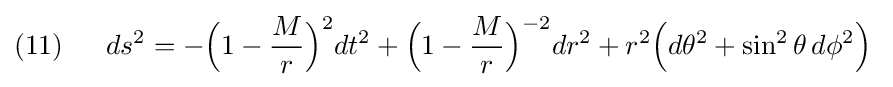
(11)\;\;\quad ds^{2}=-{\Big (}1-{\frac {M}{r}}{\Big )}^{2}dt^{2}+{\Big (}1-{\frac {M}{r}}{\Big )}^{-2}dr^{2}+r^{2}{\Big (}d\theta ^{2}+\sin ^{2}\theta \,d\phi ^{2}{\Big )}\;